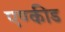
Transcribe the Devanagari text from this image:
एण्कीड